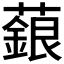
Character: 𬞵